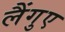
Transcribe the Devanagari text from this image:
लैंगुए